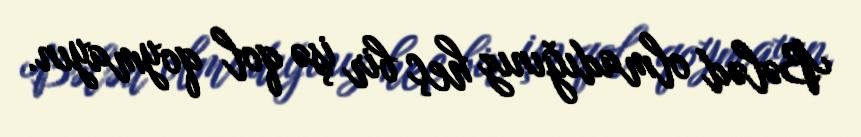
Bələd olmadığınız heç bir işə qol qoymayın.